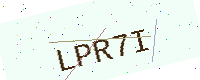
Text: LPR7I